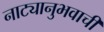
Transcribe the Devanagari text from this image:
नाट्यानुभवाची